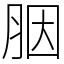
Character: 胭